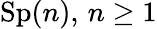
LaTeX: \operatorname{Sp}(n),\, n\geq 1